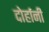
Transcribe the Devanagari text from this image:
दोर्हानी